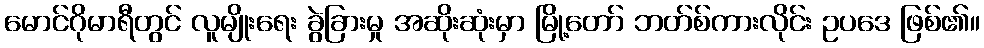
မောင်ဂိုမာရီတွင် လူမျိုးရေး ခွဲခြားမှု အဆိုးဆုံးမှာ မြို့တော် ဘတ်စ်ကားလိုင်း ဥပဒေ ဖြစ်၏။